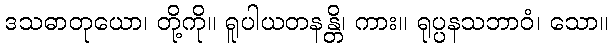
ဒသဓာတုယော၊ တို့ကို။ ရူပါယတနန္တိ၊ ကား။ ရုပ္ပနသဘာဝံ၊ သော။